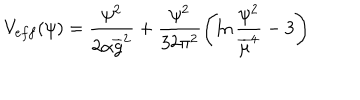
V _ { e f f } ( \psi ) = \frac { \psi ^ { 2 } } { 2 \alpha { \overline { { g } } } ^ { 2 } } + \frac { \psi ^ { 2 } } { 3 2 \pi ^ { 2 } } \left( \ln \frac { \psi ^ { 2 } } { { \overline { { \mu } } } ^ { 4 } } - 3 \right)